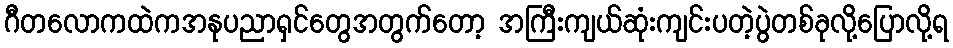
ဂီတလောကထဲကအနုပညာရှင်တွေအတွက်တော့ အကြီးကျယ်ဆုံးကျင်းပတဲ့ပွဲတစ်ခုလို့ပြောလို့ရ